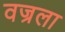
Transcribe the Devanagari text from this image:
वज्रला